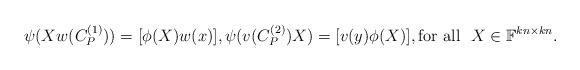
LaTeX: \begin{align*} \psi(X w(C_P^{(1)})) = [\phi(X)w(x)], \psi( v(C_P^{(2)}) X) = [v(y) \phi(X)], \mathrm{for} \ \mathrm{all} \ \ X \in \mathbb{F}^{kn \times kn}.\end{align*}